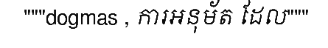
"""dogmas , ការអនុម័ត ដែល"""